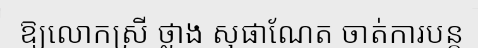
ឱ្យលោកស្រី ថ្លាង សុផាណែត ចាត់ការបន្ត